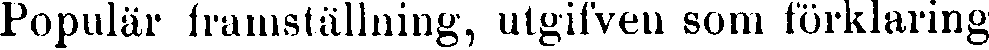
Populär framställning, utgifven som förklaring